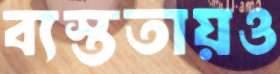
ব্যস্ততায়ও